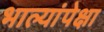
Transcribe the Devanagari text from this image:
भाल्यांपेक्षा